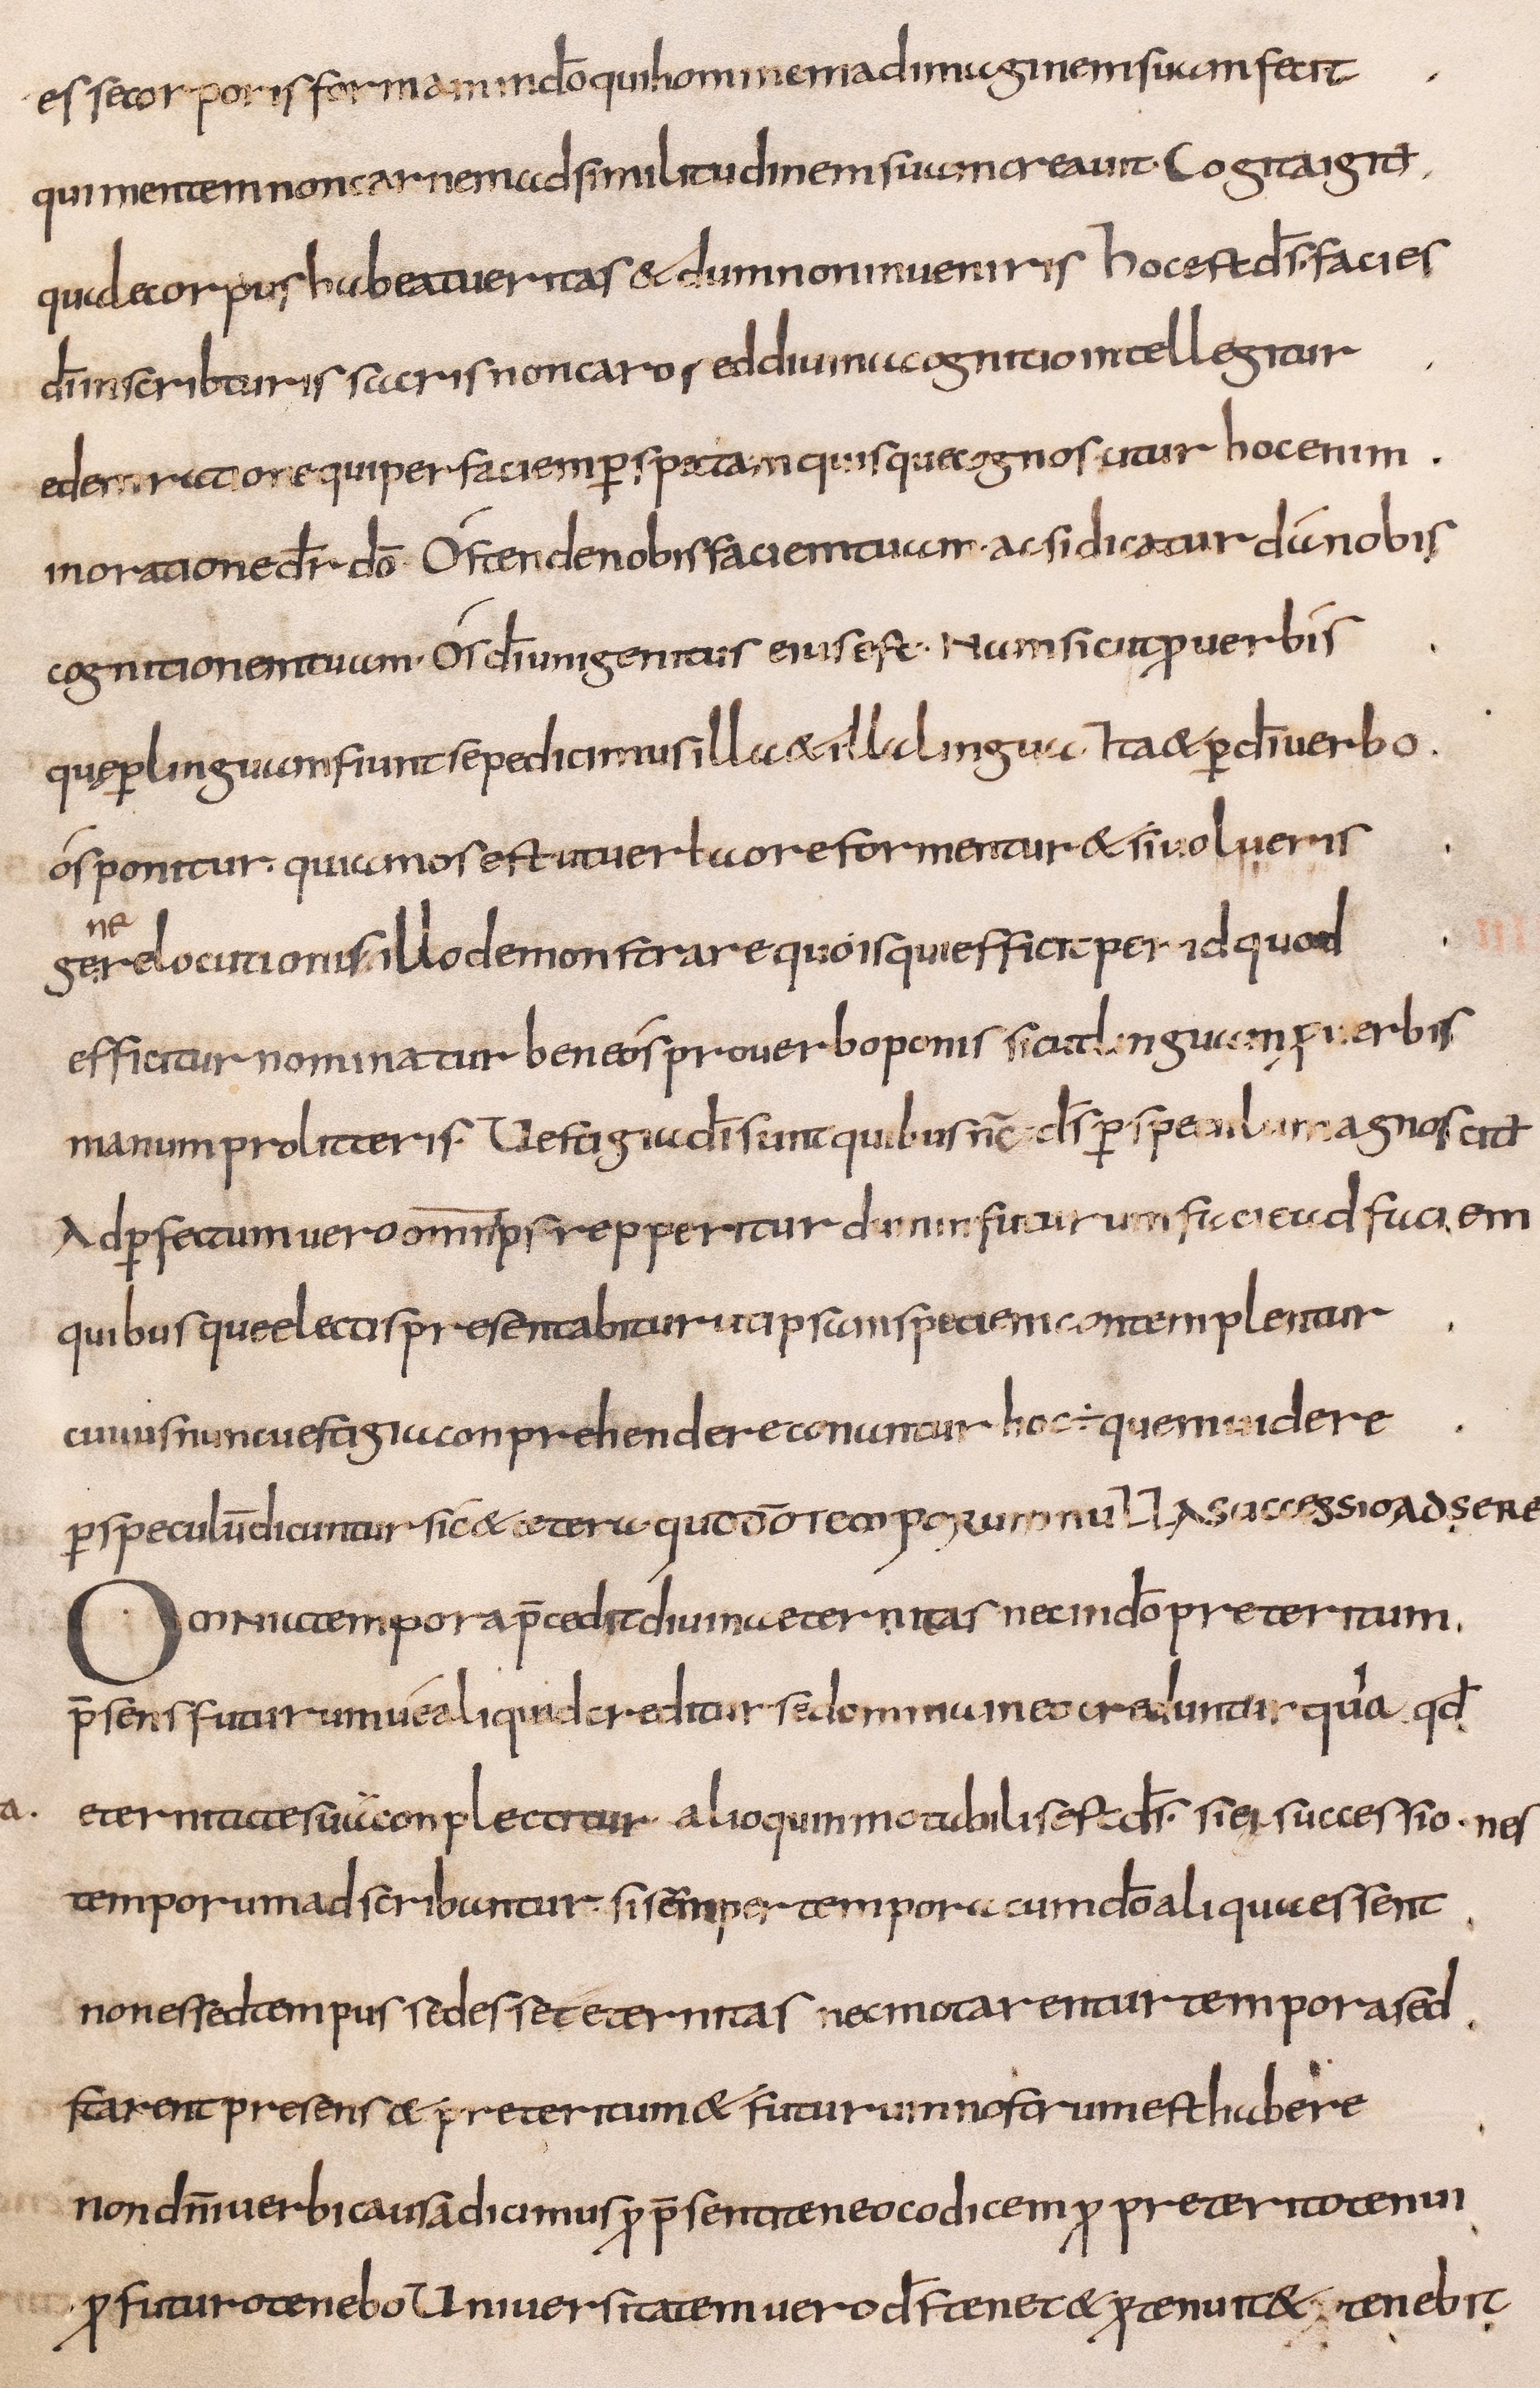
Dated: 800–832